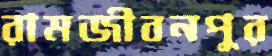
রামজীবনপুর